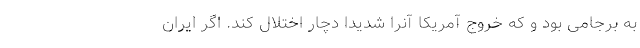
به برجامی بود و که خروج آمریکا آنرا شدیدا دچار اختلال کند. اگر ایران